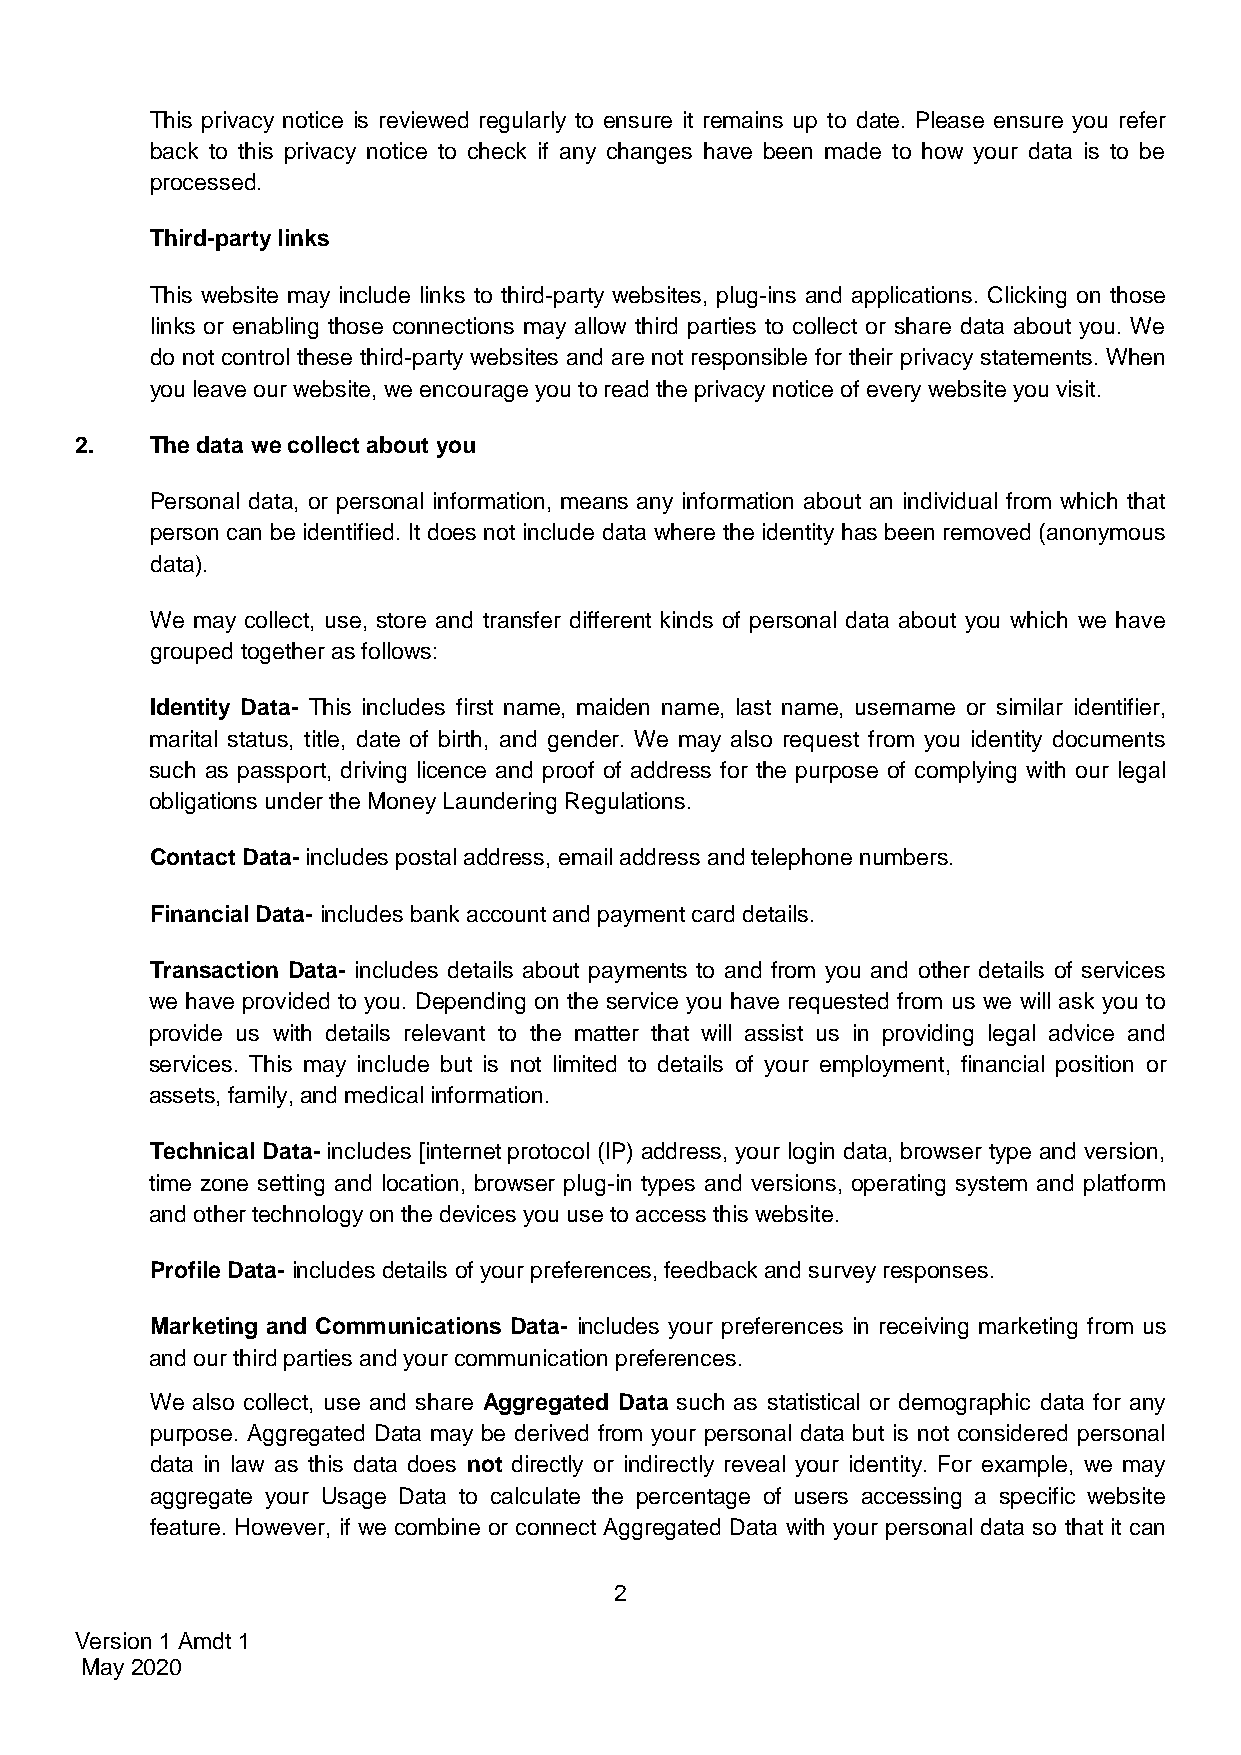
This privacy notice is reviewed regularly to ensure it remains up to date. Please ensure you refer
 back to this privacy notice to check if any changes have been made to how your data is to be
 processed.
 Third-party links
 This website may include links to third-party websites, plug-ins and applications. Clicking on those
 links or enabling those connections may allow third parties to collect or share data about you. We
 do not control these third-party websites and are not responsible for their privacy statements. When
 you leave our website, we encourage you to read the privacy notice of every website you visit.
 2.   The data we collect about you
 Personal data, or personal information, means any information about an individual from which that
 person can be identified. It does not include data where the identity has been removed (anonymous
 data).
 We may collect, use, store and transfer different kinds of personal data about you which we have
 grouped together as follows:
 Identity Data- This includes first name, maiden name, last name, username or similar identifier,
 marital status, title, date of birth, and gender. We may also request from you identity documents
 such as passport, driving licence and proof of address for the purpose of complying with our legal
 obligations under the Money Laundering Regulations.
 Contact Data- includes postal address, email address and telephone numbers.
 Financial Data- includes bank account and payment card details.
 Transaction Data- includes details about payments to and from you and other details of services
 we have provided to you. Depending on the service you have requested from us we will ask you to
 provide us with details relevant to the matter that will assist us in providing legal advice and
 services. This may include but is not limited to details of your employment, financial position or
 assets, family, and medical information.
 Technical Data- includes [internet protocol (IP) address, your login data, browser type and version,
 time zone setting and location, browser plug-in types and versions, operating system and platform
 and other technology on the devices you use to access this website.
 Profile Data- includes details of your preferences, feedback and survey responses.
 Marketing and Communications Data- includes your preferences in receiving marketing from us
 and our third parties and your communication preferences.
 We also collect, use and share Aggregated Data such as statistical or demographic data for any
 purpose. Aggregated Data may be derived from your personal data but is not considered personal
 data in law as this data does not directly or indirectly reveal your identity. For example, we may
 aggregate your Usage Data to calculate the percentage of users accessing a specific website
 feature. However, if we combine or connect Aggregated Data with your personal data so that it can
 2
 Version 1 Amdt 1
 May 2020